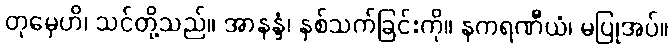
တုမှေဟိ၊ သင်တို့သည်။ အာနန္ဒံ၊ နှစ်သက်ခြင်းကို။ နကရဏီယံ၊ မပြုအပ်။